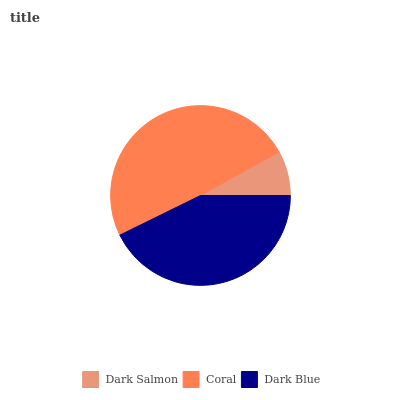
| Dark Salmon | Coral | Dark Blue |
 | --- | --- | --- |
 | 8.05% | 49.2% | 42.8% |